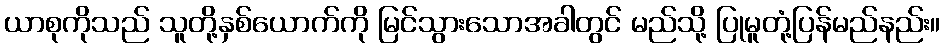
ယာစုကိုသည် သူတို့နှစ်ယောက်ကို မြင်သွားသောအခါတွင် မည်သို့ ပြုမူတုံ့ပြန်မည်နည်း။